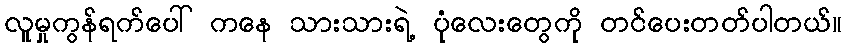
လူမှုကွန်ရက်ပေါ် ကနေ သားသားရဲ့ ပုံလေးတွေကို တင်ပေးတတ်ပါတယ်။